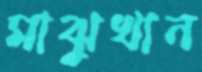
মাঝুখান